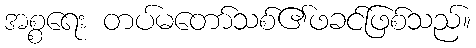
အစ္စရေး တပ်မတော်သစ်၏ဖခင်ဖြစ်သည်။